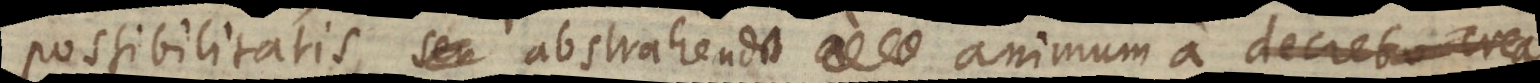
possibilitatis, abstrahendo animum a decreto crea